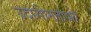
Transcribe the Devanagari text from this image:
उदासीनताभरे